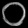
Digit: ၀